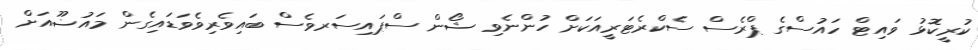
ކުރީކޮޅު ވައިޓް ހައުސްގެ ޕްރެސް ސެކްރެޓަރީއަކަށް ހުންނެވި ޝޯން ސްޕައިސަރވެސް ބައިވެރިވެވަޑައިގެން މައުޟޫއަށް